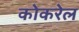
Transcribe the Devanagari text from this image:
कोकरेल